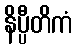
နိပ္ပီတိကံ